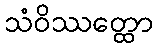
သံဝိဿတ္ထော